Annual administration and progress report of the Indian Medical Department, Bombay
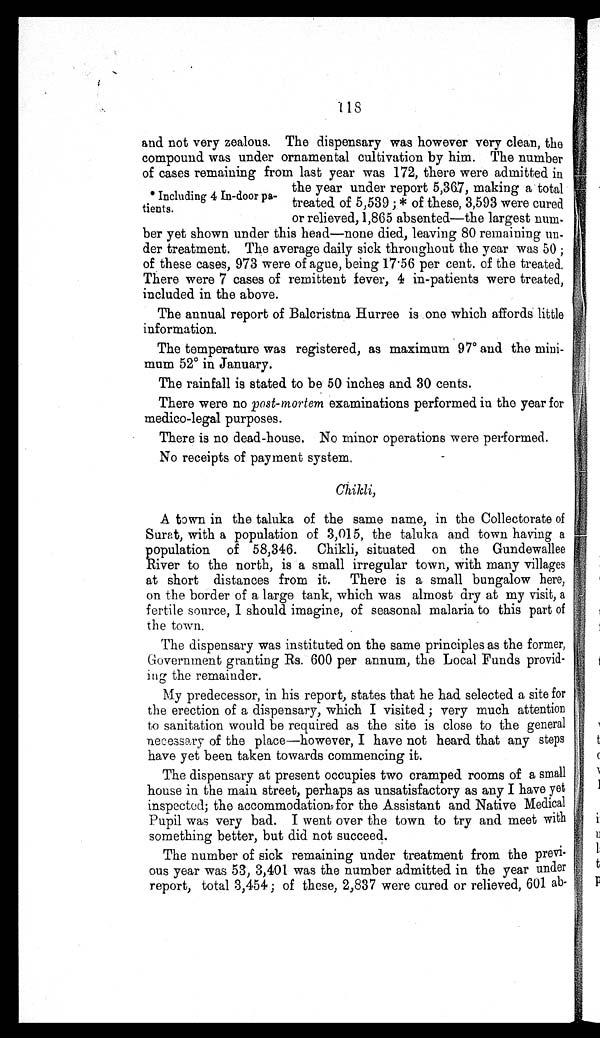
118
and not very zealous. The dispensary was however very clean, the
compound was under ornamental cultivation by him. The number
of cases remaining from last year was 172, there were admitted in
the year under report 5,367, making a total
treated of 5,539;* of these, 3,593 were cured
or relieved, 1,865 absented—the largest num
-ber yet shown under this head—none died, leaving 80 remaining un-
der treatment. The average daily sick throughout the year was 50;
of these cases, 973 were of ague, being 17.56 per cent. of the treated.
There were 7 cases of remittent fever, 4 in-patients were treated,
included in the above.
The annual report of Balcristna Hurree is one which affords little
information.
The temperature was registered, as maximum 97° and the mini-
mum 52° in January.
The rainfall is stated to be 50 inches and 30 cents.
There were no post-mortem examinations performed in the year for
medico-legal purposes.
There is no dead-house. No minor operations were performed.
No receipts of payment system.
Chikli,
A town in the taluka of the same name, in the Collectorate of
Surat, with a population of 3,015, the taluka and town having a
population of 58,346. Chikli, situated on the Gundewallee
River to the north, is a small irregular town, with many villages
at short distances from it. There is a small bungalow here,
on the border of a large tank, which was almost dry at my visit, a
fertile source, I should imagine, of seasonal malaria to this part of
the town.
The dispensary was instituted on the same principles as the former,
Government granting Rs. 600 per annum, the Local Funds provid-
ing the remainder.
My predecessor, in his report, states that he had selected a site for
the erection of a dispensary, which I visited; very much attention
to sanitation would be required as the site is close to the general
necessary of the place—however, I have not heard that any steps
have yet been taken towards commencing it.
The dispensary at present occupies two cramped rooms of a small
house in the main street, perhaps as unsatisfactory as any I have yet
inspected; the accommodation for the Assistant and Native Medical
Pupil was very bad. I went over the town to try and meet with
something better, but did not succeed.
The number of sick remaining under treatment from the previ-
ous year was 53,3,401 was the number admitted in the year under
report, total 3,454; of these, 2,837 were cured or relieved, 601 ab-
* Including 4 In-door pa-
tients.